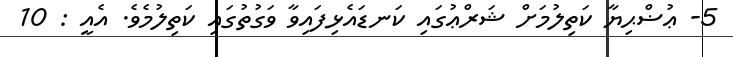
5- ޢުޟްޙިޔާ ކަތިލުމަށް ޝަރްޢުގައި ކަނޑައެޅިފައިވާ ވަގުތުގައި ކަތިލުމެވެ. އެއީ : 10